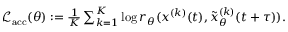
\begin{array} { r } { \textstyle \mathcal { L } _ { \mathrm { a c c } } ( \theta ) : = \frac { 1 } { K } \sum _ { k = 1 } ^ { K } \log r _ { \theta } ( x ^ { ( k ) } ( t ) , \tilde { x } _ { \theta } ^ { ( k ) } ( t + \tau ) ) . } \end{array}